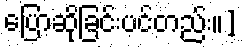
ပြောဆိုခြင်းပင်တည်း။]